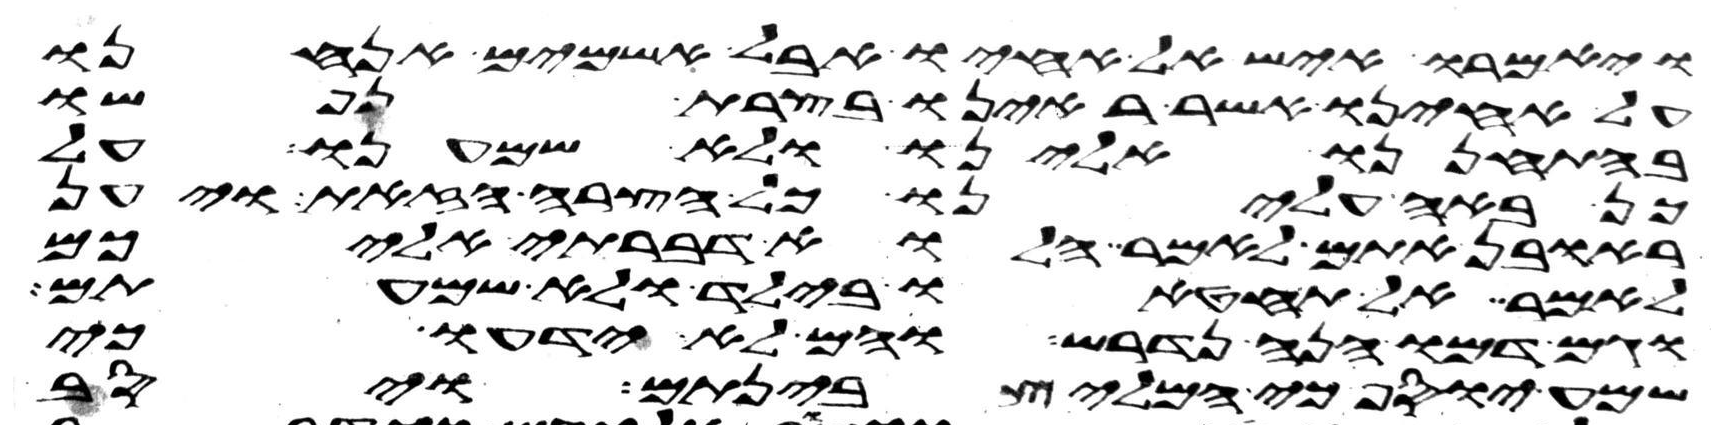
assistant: ויאמרו איש אל אחיו אבל אשמים אנחנו
על אחינו אשר ראינו בצרת נפשו
בהתחננו אלינו ולא שמענו על
כן באה עלינו כל הצרה הזאת ויען
ראובן אתם לאמר הלוא דברתי אליכם
לאמר אל תחטאו בילד ולא שמעתים
וגם דמו הנה נדרש והם לא ידעו כי
שמע יוסף כי המליץ בינתם ויסב